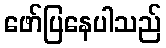
ဖော်ပြနေပါသည်